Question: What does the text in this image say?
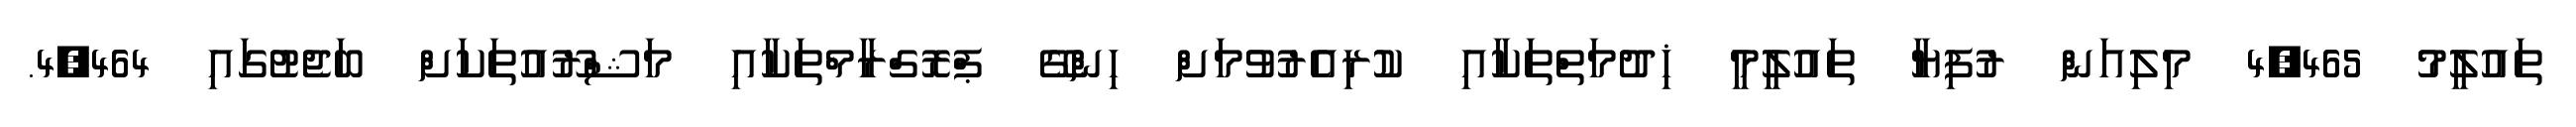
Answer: ތައުލީމު 4,465 މިލިއަން ރުފިޔާ ތައުލީމީ ޚިދުމަތްތަކާއި ކުރިއެރުވުމަށް ހިންގޭ ޕްރޮގްރާމްތަކާއި މަޝްރޫއުތަކަށް ބަޖެޓުގައި 4,464.